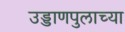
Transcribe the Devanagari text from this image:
उड्डाणपुलाच्या